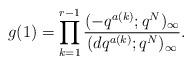
LaTeX: \begin{align*}g(1)= \prod_{k=1}^{r-1} \frac{(-q^{a(k)};q^N)_{\infty}}{(dq^{a(k)};q^N)_{\infty}}.\end{align*}